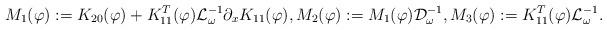
LaTeX: \begin{align*} M_1(\varphi):=K_{20}(\varphi)+K_{11}^T(\varphi)\mathcal{L}_{\omega}^{-1}\partial_x K_{11}(\varphi), M_2(\varphi):=M_1(\varphi)\mathcal{D}_{\omega}^{-1}, M_3(\varphi):=K_{11}^T(\varphi)\mathcal{L}_{\omega}^{-1}. \end{align*}